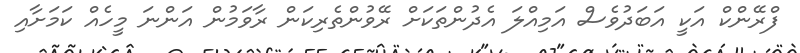
ފްރޭންކް އަކީ އަބަދުވެސް އަމިއްލަ އެދުންތަކަށް ރޭވުންތެރިކަން ރާވަމުން އަންނަ މީހެއް ކަމަށާއި